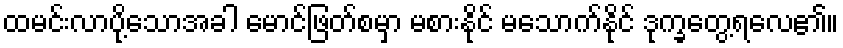
ထမင်းလာပို့သောအခါ မောင်ဖြတ်စမှာ မစားနိုင် မသောက်နိုင် ဒုက္ခတွေ့ရလေ၏။